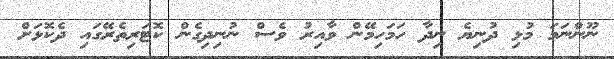
ނޫންނަމަ މުޅި ދުނިޔެ ނިދާ ހަމަހިމޭން ވާއިރު ވެސް ނުނިދިގެން ކޮޓަރިތެރޭގައި ދެކޮޅަށް